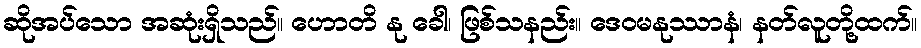
ဆိုအပ်သော အဆုံးရှိသည်။ ဟောတိ နု ခေါ၊ ဖြစ်သနည်း။ ဒေဝမနုဿာနံ၊ နတ်လူတို့ထက်။